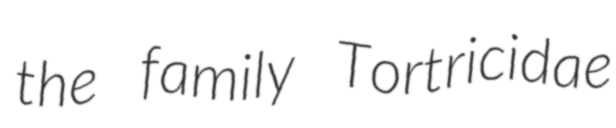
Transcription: the family Tortricidae